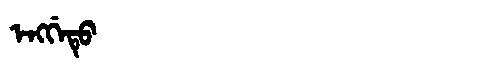
Manchu: ᡝᠩᡤᡝᡨᡠ
Romanization: ENGGETU